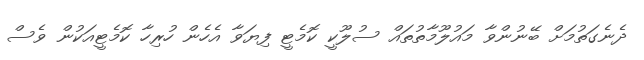
ދެނެގަތުމަށް ބޭނުންވާ މައުލޫމާތުތައް ސުލޫކީ ކޮމެޓީ ފިޔަވާ އެހެން ހުރިހާ ކޮމެޓީއަކުން ވެސް